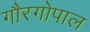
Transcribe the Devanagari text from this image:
गौरगोपाल